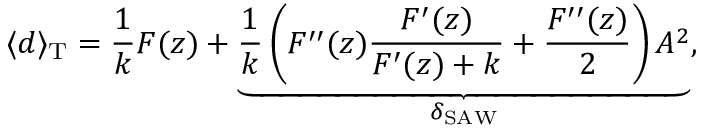
\langle d \rangle _ { \mathrm { T } } = \frac { 1 } { k } F ( z ) + \underbrace { \frac { 1 } { k } \left( F ^ { \prime \prime } ( z ) \frac { F ^ { \prime } ( z ) } { F ^ { \prime } ( z ) + k } + \frac { F ^ { \prime \prime } ( z ) } { 2 } \right) A ^ { 2 } } _ { \delta _ { \mathrm { S A W } } } ,